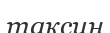
таксин